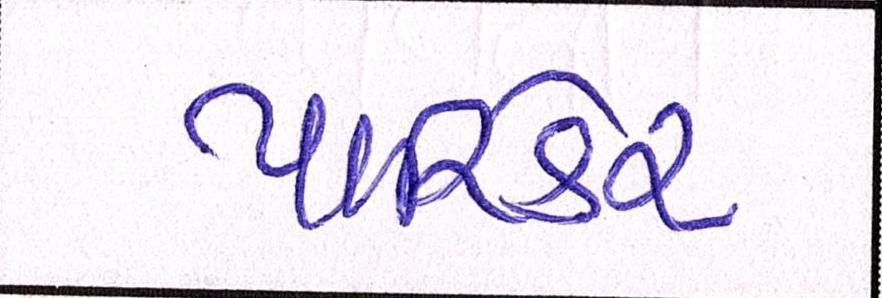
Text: પારિર્કર